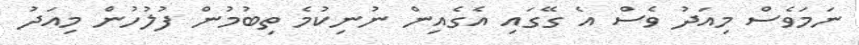
ނަމަވެސް މިއަދު ވެސް އެ ގޭގައި އެގެއިން ނުނިކުމެ ތިބުމުން ފުލުހުން މިއަދު